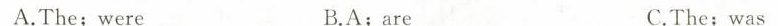
A.The;were B.A;are C.The;was